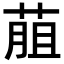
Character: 𦳎